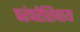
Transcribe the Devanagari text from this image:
परंपरेशिवाय